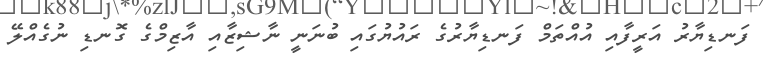
ފަނޑިޔާރު އަރީފާއި އުއްތަމް ފަނޑިޔާރުގެ ރައުޔުގައި ބުނަނީ ނާޝިޒާއި އާޒިމްގެ ގޮނޑި ނުގެއްލޭ